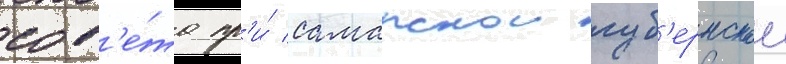
сов'е́та пр'и́ самарскои губ'ернскои